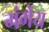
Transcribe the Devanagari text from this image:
गंगेय